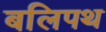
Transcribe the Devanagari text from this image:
बलिपथ